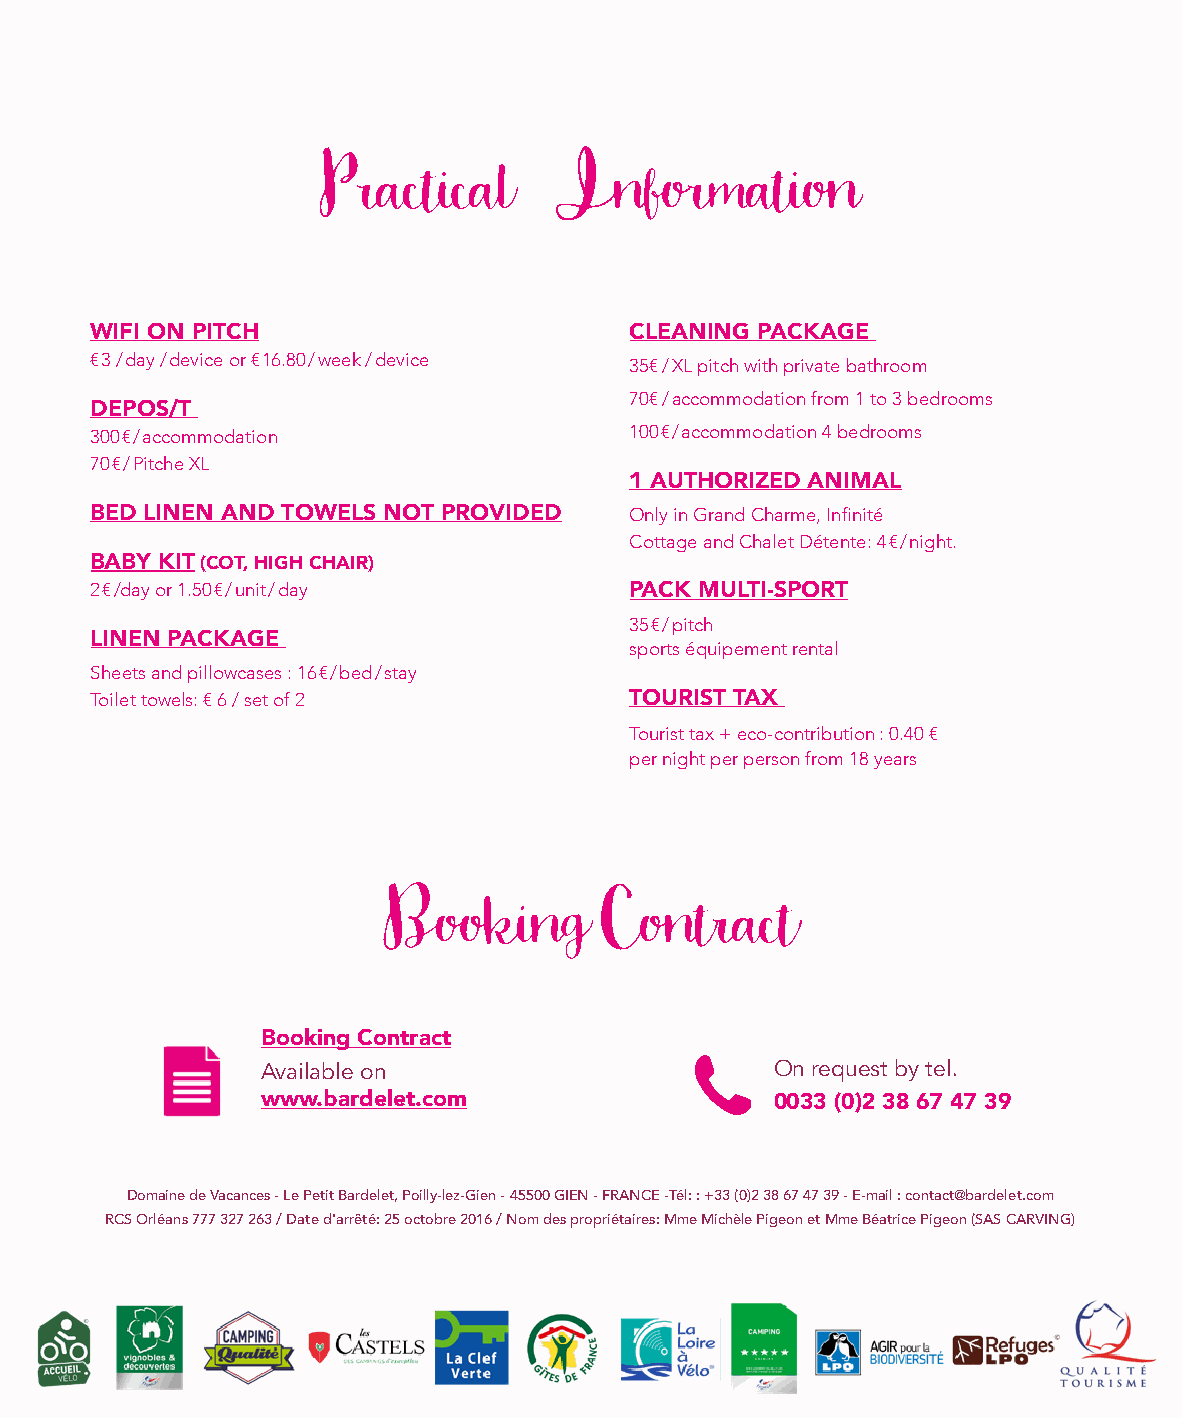
Practical       Information
 WIFI ON PITCH                       CLEANING PACKAGE
 € 3 / day / device or € 16.80 / week / device 35€ / XL pitch with private bathroom
 70€ / accommodation from 1 to 3 bedrooms
 DEPOS/T
 300 € / accommodation               100 € / accommodation 4 bedrooms
 70 € / Pitche XL
 1 AUTHORIZED ANIMAL
 BED LINEN AND TOWELS NOT PROVIDED   Only in Grand Charme, Infinité
 Cottage and Chalet Détente: 4 € / night.
 BABY KIT (COT, HIGH CHAIR)
 2 € /day or 1.50 € / unit / day     PACK MULTI-SPORT
 35 € / pitch
 LINEN PACKAGE
 sports équipement rental
 Sheets and pillowcases : 16 € / bed / stay
 Toilet towels: € 6 / set of 2       TOURIST TAX
 Tourist tax + eco-contribution : 0.40 €
 per night per person from 18 years
 Booking        Contract
 Booking Contract
 Available on                      On request by tel.
 www.bardelet.com                  0033 (0)2 38 67 47 39
 Domaine de Vacances - Le Petit Bardelet, Poilly-lez-Gien - 45500 GIEN - FRANCE -Tél: : +33 (0)2 38 67 47 39 - E-mail : contact@bardelet.com
 RCS Orléans 777 327 263 / Date d'arrêté: 25 octobre 2016 / Nom des propriétaires: Mme Michèle Pigeon et Mme Béatrice Pigeon (SAS CARVING)